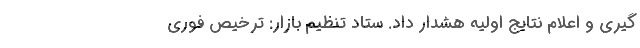
گیری و اعلام نتایج اولیه هشدار داد. ستاد تنظیم بازار: ترخیص فوری